Lunatic asylums Madras 1877-1891 - 1877-1891
Year: 1877
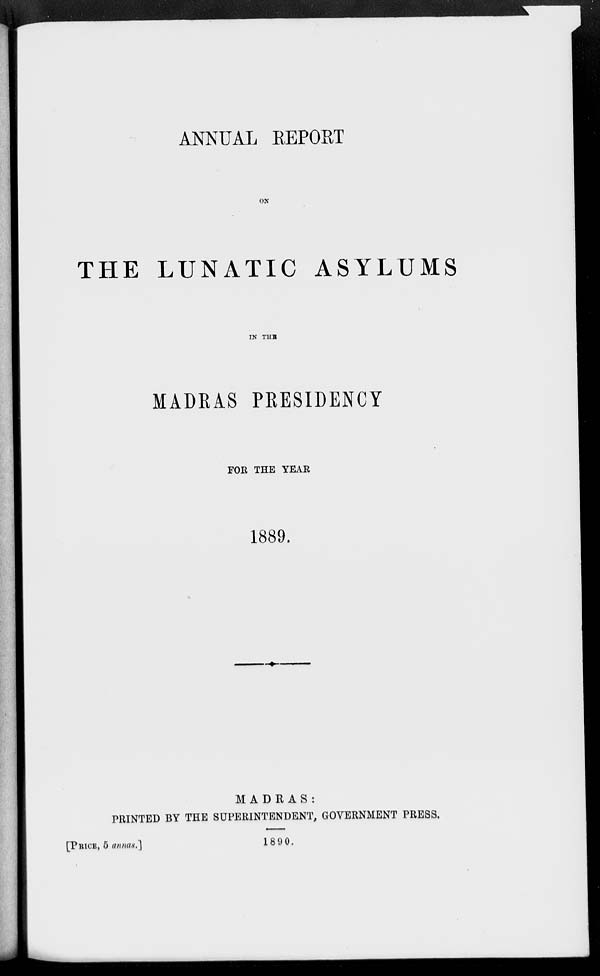
ANNUAL REPORT
ON
THE LUNATIC ASYLUMS
IN THE
MADRAS PRESIDENCY
FOR THE YEAR
1889.
MADRAS:
PRINTED BY THE SUPERINTENDENT, GOVERNMENT PRESS.
[PRICE 5 annas.]
1890.